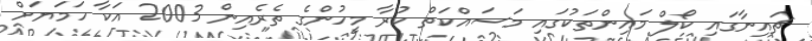
ޗައިނާގައި ކޯލް މައިންތަކުގައި މަސައްކަތް ކުރާ މީހުންގެ ތެރެއިން 2003 އަކާ ހަމަޔަށް